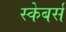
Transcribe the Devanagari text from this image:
स्केबर्स